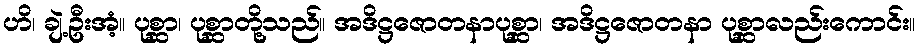
ဟိ၊ ချဲ့ဦးအံ့။ ပုစ္ဆာ၊ ပုစ္ဆာတို့သည်။ အဒိဋ္ဌဇောတနာပုစ္ဆာ၊ အဒိဋ္ဌဇောတနာ ပုစ္ဆာလည်းကောင်း။